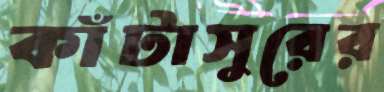
কাঁটাসুরের